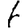
Digit: 1